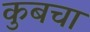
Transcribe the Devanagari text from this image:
कुबचा